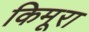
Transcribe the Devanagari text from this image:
किमूरा